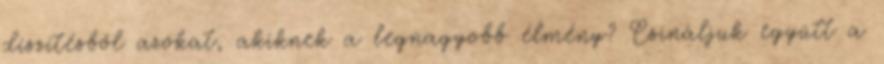
díszítésből azokat, akiknek a legnagyobb élmény? Csináljuk együtt a